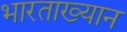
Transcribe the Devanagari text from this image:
भारताख्यान